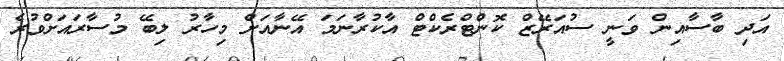
އަދި ބާސާއިން ވަނީ ސުއަރޭޒް ކޮންޓްރެކްޓް އާކުރާނަމަ އޭނާއަށް މިހާރު ލިބޭ މުސާރައަށްވުރެ